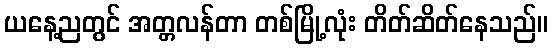
ယနေ့ညတွင် အတ္တလန်တာ တစ်မြို့လုံး တိတ်ဆိတ်နေသည်။